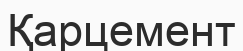
Қарцемент